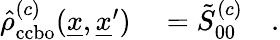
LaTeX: \begin{array}{rl}{\hat{\rho}_{\mathrm{ccbo}}^{(c)}(\underline{{x}},\underline{{x}}^{\prime})}&{{}=\tilde{S}_{00}^{(c)}\quad.}\end{array}